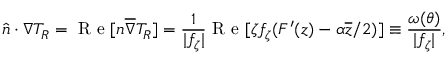
\boldsymbol { \hat { n } \cdot \nabla } T _ { R } = \mathrm { ~ R ~ e ~ } [ n \overline { { \nabla } } T _ { R } ] = \frac { 1 } { \lvert f _ { \zeta } \vert } \mathrm { ~ R ~ e ~ } [ \zeta f _ { \zeta } ( F ^ { \prime } ( z ) - \alpha \overline { { z } } / 2 ) ] \equiv \frac { \omega ( \theta ) } { \lvert f _ { \zeta } \vert } ,